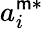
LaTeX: a_{i}^{\mathsf{m}*}